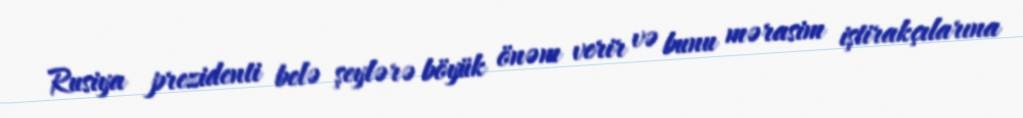
Rusiya prezidenti belə şeylərə böyük önəm verir və bunu mərasim iştirakçılarına